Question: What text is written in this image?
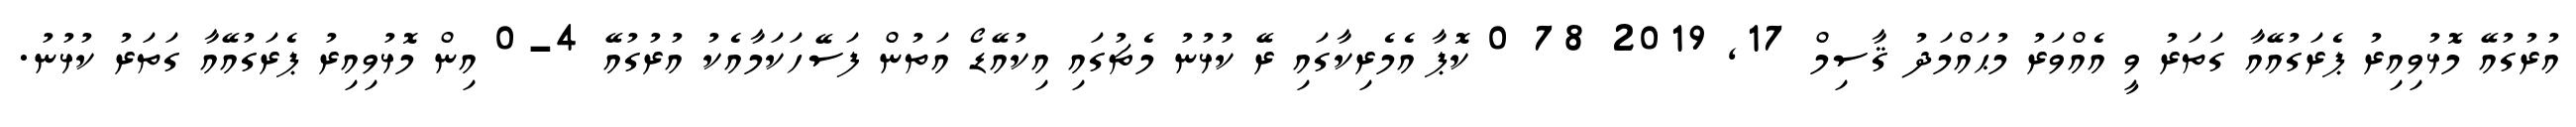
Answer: އުރުގުއޭ މޮޅުވިއިރު ޕެރަގުއޭއާ ގަތަރު ވީ އެއްވަރު މުޙައްމަދު ޤާސިމް 17, 2019 78 0 ކޮޕާ އެމެރިކާގައި ރޭ ކުޅުނު މެޗުގައި އިކުއޭޑޯ އަތުން ފަސޭހަކަމާއެކު އުރުގުއޭ 4-0 އިން މޮޅުވިއިރު ޕެރަގުއޭއާ ގަތަރު ކުޅުނު.